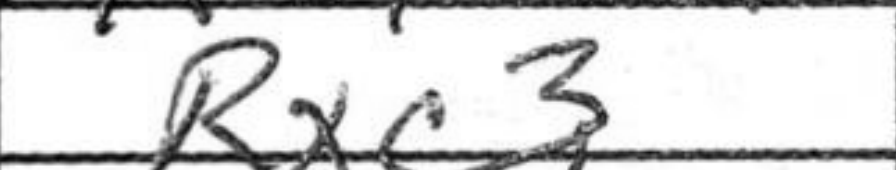
Transcription: Rxc3